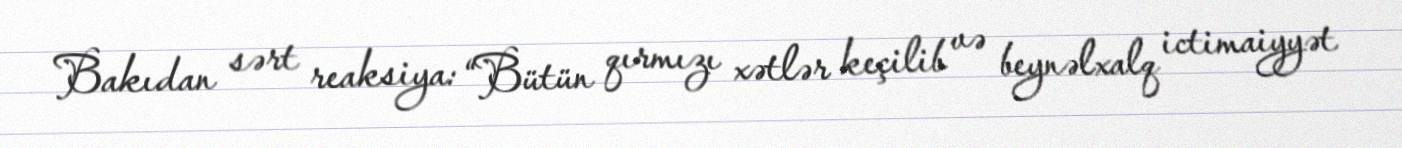
Bakıdan sərt reaksiya: “Bütün qırmızı xətlər keçilib və beynəlxalq ictimaiyyət